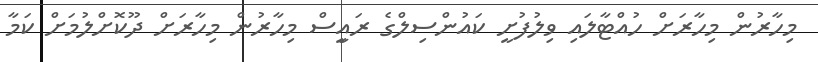
މިހާރުން މިހާރަށް ހުއްޓާލައި ވިލުފުށީ ކައުންސިލްގެ ރައިީސް މިހާރުން މިހާރަށް ދޫކޮށްލުމަށް ކަމާ